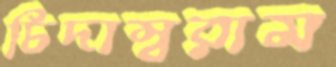
চিদাম্বরাম